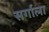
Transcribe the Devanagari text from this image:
सर्गाला